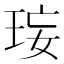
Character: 𤥑